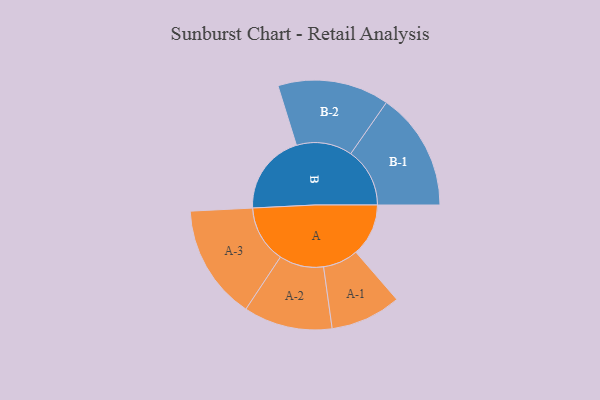
{"axis": {"x": "Segment", "y": "Value"}, "legend": ["", "A", "B"], "data": [{"x": "A", "y": 226, "type": ""}, {"x": "B", "y": 348, "type": ""}, {"x": "A-1", "y": 152, "type": "A"}, {"x": "A-2", "y": 191, "type": "A"}, {"x": "A-3", "y": 247, "type": "A"}, {"x": "B-1", "y": 254, "type": "B"}, {"x": "B-2", "y": 240, "type": "B"}]}